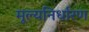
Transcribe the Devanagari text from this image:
मूल्यनिर्धारण